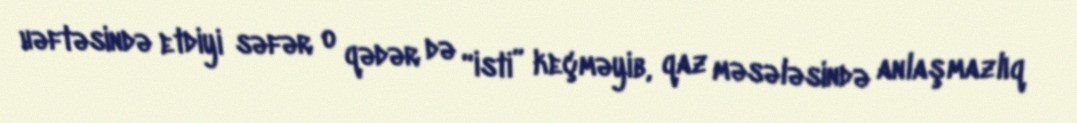
həftəsində etdiyi səfər o qədər də “isti” keçməyib, qaz məsələsində anlaşmazlıq